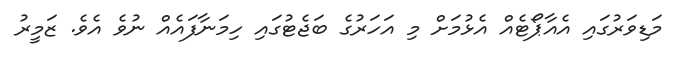
މަޑިވަރުގައި އެއާޕޯޓެއް އެޅުމަށް މި އަހަރުގެ ބަޖެޓުގައި ހިމަނާފައެއް ނުވެ އެވެ. ޒަމީރު